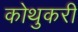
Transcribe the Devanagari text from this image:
कोथुकरी